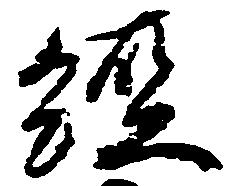
経